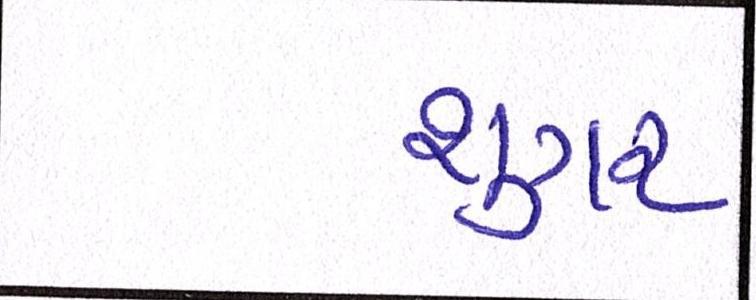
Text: શુગર